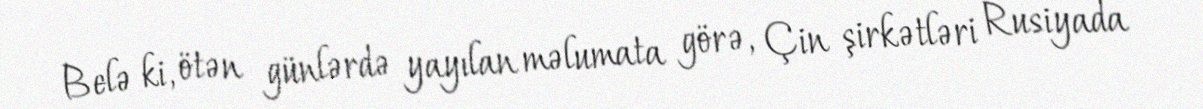
Belə ki, ötən günlərdə yayılan məlumata görə, Çin şirkətləri Rusiyada